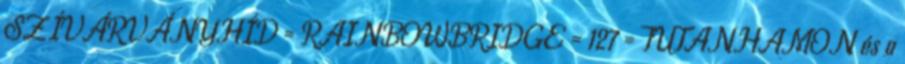
SZÍVÁRVÁNYHÍD = RAINBOWBRIDGE = 127 = TUTANHAMON és a